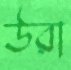
উরা